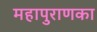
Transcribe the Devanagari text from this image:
महापुराणका